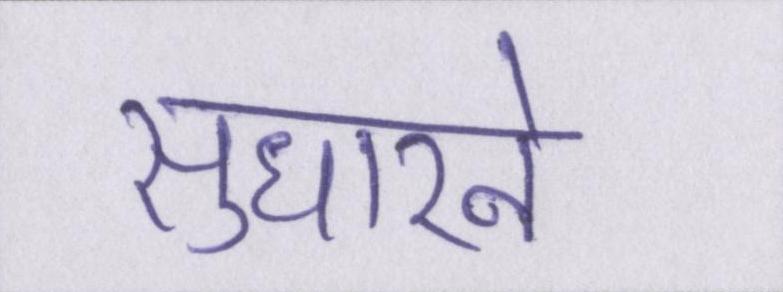
सुधारने